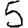
Digit: 5